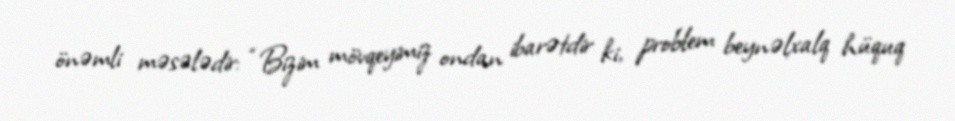
önəmli məsələdir: “Bizim mövqeyimiz ondan ibarətdir ki, problem beynəlxalq hüquq